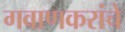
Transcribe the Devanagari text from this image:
गवाणकरांचे